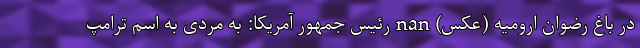
در باغ رضوان ارومیه (عکس) nan رئیس جمهور آمریکا: به مردی به اسم ترامپ